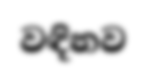
වඳිනව